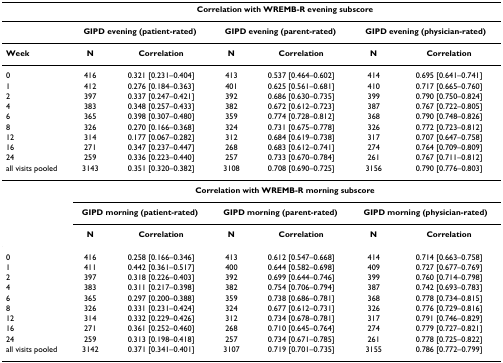
<table><thead><tr><td></td><td colspan="6"><b>Correlation with WREMB-R evening subscore</b></td></tr></thead><tbody><tr><td></td><td colspan="2"><b>GIPD evening (patient-rated)</b></td><td colspan="2"><b>GIPD evening (parent-rated)</b></td><td colspan="2"><b>GIPD evening (physician-rated)</b></td></tr><tr><td><b>Week</b></td><td><b>N</b></td><td><b>Correlation</b></td><td><b>N</b></td><td><b>Correlation</b></td><td><b>N</b></td><td><b>Correlation</b></td></tr><tr><td>0</td><td>416</td><td>0.321 [0.231–0.404]</td><td>413</td><td>0.537 [0.464–0.602]</td><td>414</td><td>0.695 [0.641–0.741]</td></tr><tr><td>1</td><td>412</td><td>0.276 [0.184–0.363]</td><td>401</td><td>0.625 [0.561–0.681]</td><td>410</td><td>0.717 [0.665–0.760]</td></tr><tr><td>2</td><td>397</td><td>0.337 [0.247–0.421]</td><td>392</td><td>0.686 [0.630–0.735]</td><td>399</td><td>0.790 [0.750–0.824]</td></tr><tr><td>4</td><td>383</td><td>0.348 [0.257–0.433]</td><td>382</td><td>0.672 [0.612–0.723]</td><td>387</td><td>0.767 [0.722–0.805]</td></tr><tr><td>6</td><td>365</td><td>0.398 [0.307–0.480]</td><td>359</td><td>0.774 [0.728–0.812]</td><td>368</td><td>0.790 [0.748–0.826]</td></tr><tr><td>8</td><td>326</td><td>0.270 [0.166–0.368]</td><td>324</td><td>0.731 [0.675–0.778]</td><td>326</td><td>0.772 [0.723–0.812]</td></tr><tr><td>12</td><td>314</td><td>0.177 [0.067–0.282]</td><td>312</td><td>0.684 [0.619–0.738]</td><td>317</td><td>0.707 [0.647–0.758]</td></tr><tr><td>16</td><td>271</td><td>0.347 [0.237–0.447]</td><td>268</td><td>0.683 [0.612–0.741]</td><td>274</td><td>0.764 [0.709–0.809]</td></tr><tr><td>24</td><td>259</td><td>0.336 [0.223–0.440]</td><td>257</td><td>0.733 [0.670–0.784]</td><td>261</td><td>0.767 [0.711–0.812]</td></tr><tr><td>all visits pooled</td><td>3143</td><td>0.351 [0.320–0.382]</td><td>3108</td><td>0.708 [0.690–0.725]</td><td>3156</td><td>0.790 [0.776–0.803]</td></tr><tr><td></td><td colspan="6"><b>Correlation with WREMB-R morning subscore</b></td></tr><tr><td></td><td colspan="2"><b>GIPD morning (patient-rated)</b></td><td colspan="2"><b>GIPD morning (parent-rated)</b></td><td colspan="2"><b>GIPD morning (physician-rated)</b></td></tr><tr><td></td><td><b>N</b></td><td><b>Correlation</b></td><td><b>N</b></td><td><b>Correlation</b></td><td><b>N</b></td><td><b>Correlation</b></td></tr><tr><td>0</td><td>416</td><td>0.258 [0.166–0.346]</td><td>413</td><td>0.612 [0.547–0.668]</td><td>414</td><td>0.714 [0.663–0.758]</td></tr><tr><td>1</td><td>411</td><td>0.442 [0.361–0.517]</td><td>400</td><td>0.644 [0.582–0.698]</td><td>409</td><td>0.727 [0.677–0.769]</td></tr><tr><td>2</td><td>397</td><td>0.318 [0.226–0.403]</td><td>392</td><td>0.699 [0.644–0.746]</td><td>399</td><td>0.760 [0.714–0.798]</td></tr><tr><td>4</td><td>383</td><td>0.311 [0.217–0.398]</td><td>382</td><td>0.754 [0.706–0.794]</td><td>387</td><td>0.742 [0.693–0.783]</td></tr><tr><td>6</td><td>365</td><td>0.297 [0.200–0.388]</td><td>359</td><td>0.738 [0.686–0.781]</td><td>368</td><td>0.778 [0.734–0.815]</td></tr><tr><td>8</td><td>326</td><td>0.331 [0.231–0.424]</td><td>324</td><td>0.677 [0.612–0.731]</td><td>326</td><td>0.776 [0.729–0.816]</td></tr><tr><td>12</td><td>314</td><td>0.332 [0.229–0.426]</td><td>312</td><td>0.734 [0.678–0.781]</td><td>317</td><td>0.791 [0.746–0.829]</td></tr><tr><td>16</td><td>271</td><td>0.361 [0.252–0.460]</td><td>268</td><td>0.710 [0.645–0.764]</td><td>274</td><td>0.779 [0.727–0.821]</td></tr><tr><td>24</td><td>259</td><td>0.313 [0.198–0.418]</td><td>257</td><td>0.734 [0.671–0.785]</td><td>261</td><td>0.778 [0.725–0.822]</td></tr><tr><td>all visits pooled</td><td>3142</td><td>0.371 [0.341–0.401]</td><td>3107</td><td>0.719 [0.701–0.735]</td><td>3155</td><td>0.786 [0.772–0.799]</td></tr></tbody></table>